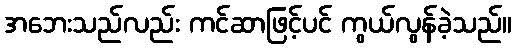
အဘေးသည်လည်း ကင်ဆာဖြင့်ပင် ကွယ်လွန်ခဲ့သည်။